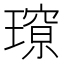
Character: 𭹽